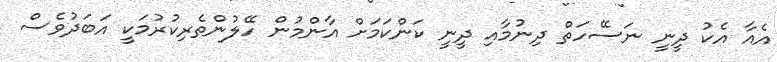
އެއާ އެކު ދީނީ ނަސޭހަތް ދިނުމާއި ދީނީ ކަންކަމަށް އާންމުން ހޭލުންތެރިކުރުމަކީ އަބަދުވެސް